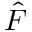
\hat { F }